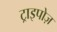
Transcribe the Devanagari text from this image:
ट्राइपोज़